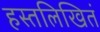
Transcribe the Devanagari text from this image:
हस्तलिखितं